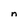
Character: n